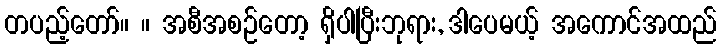
တပည့်တော်။ ။ အစီအစဉ်တော့ ရှိပါပြီးဘုရား, ဒါပေမယ့် အကောင်အထည်